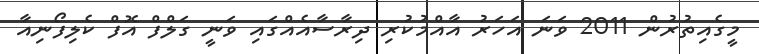
މީގެއިތުރުން 2011 ވަނަ އަހަރު އާއްމުކުރި ދިރާސާއެއްގައި ވަނީ ގަލްފް އޮފް ކެލިފޯނިއާ